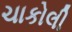
ચાકોલી